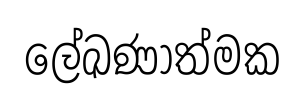
ලේඛණාත්මක